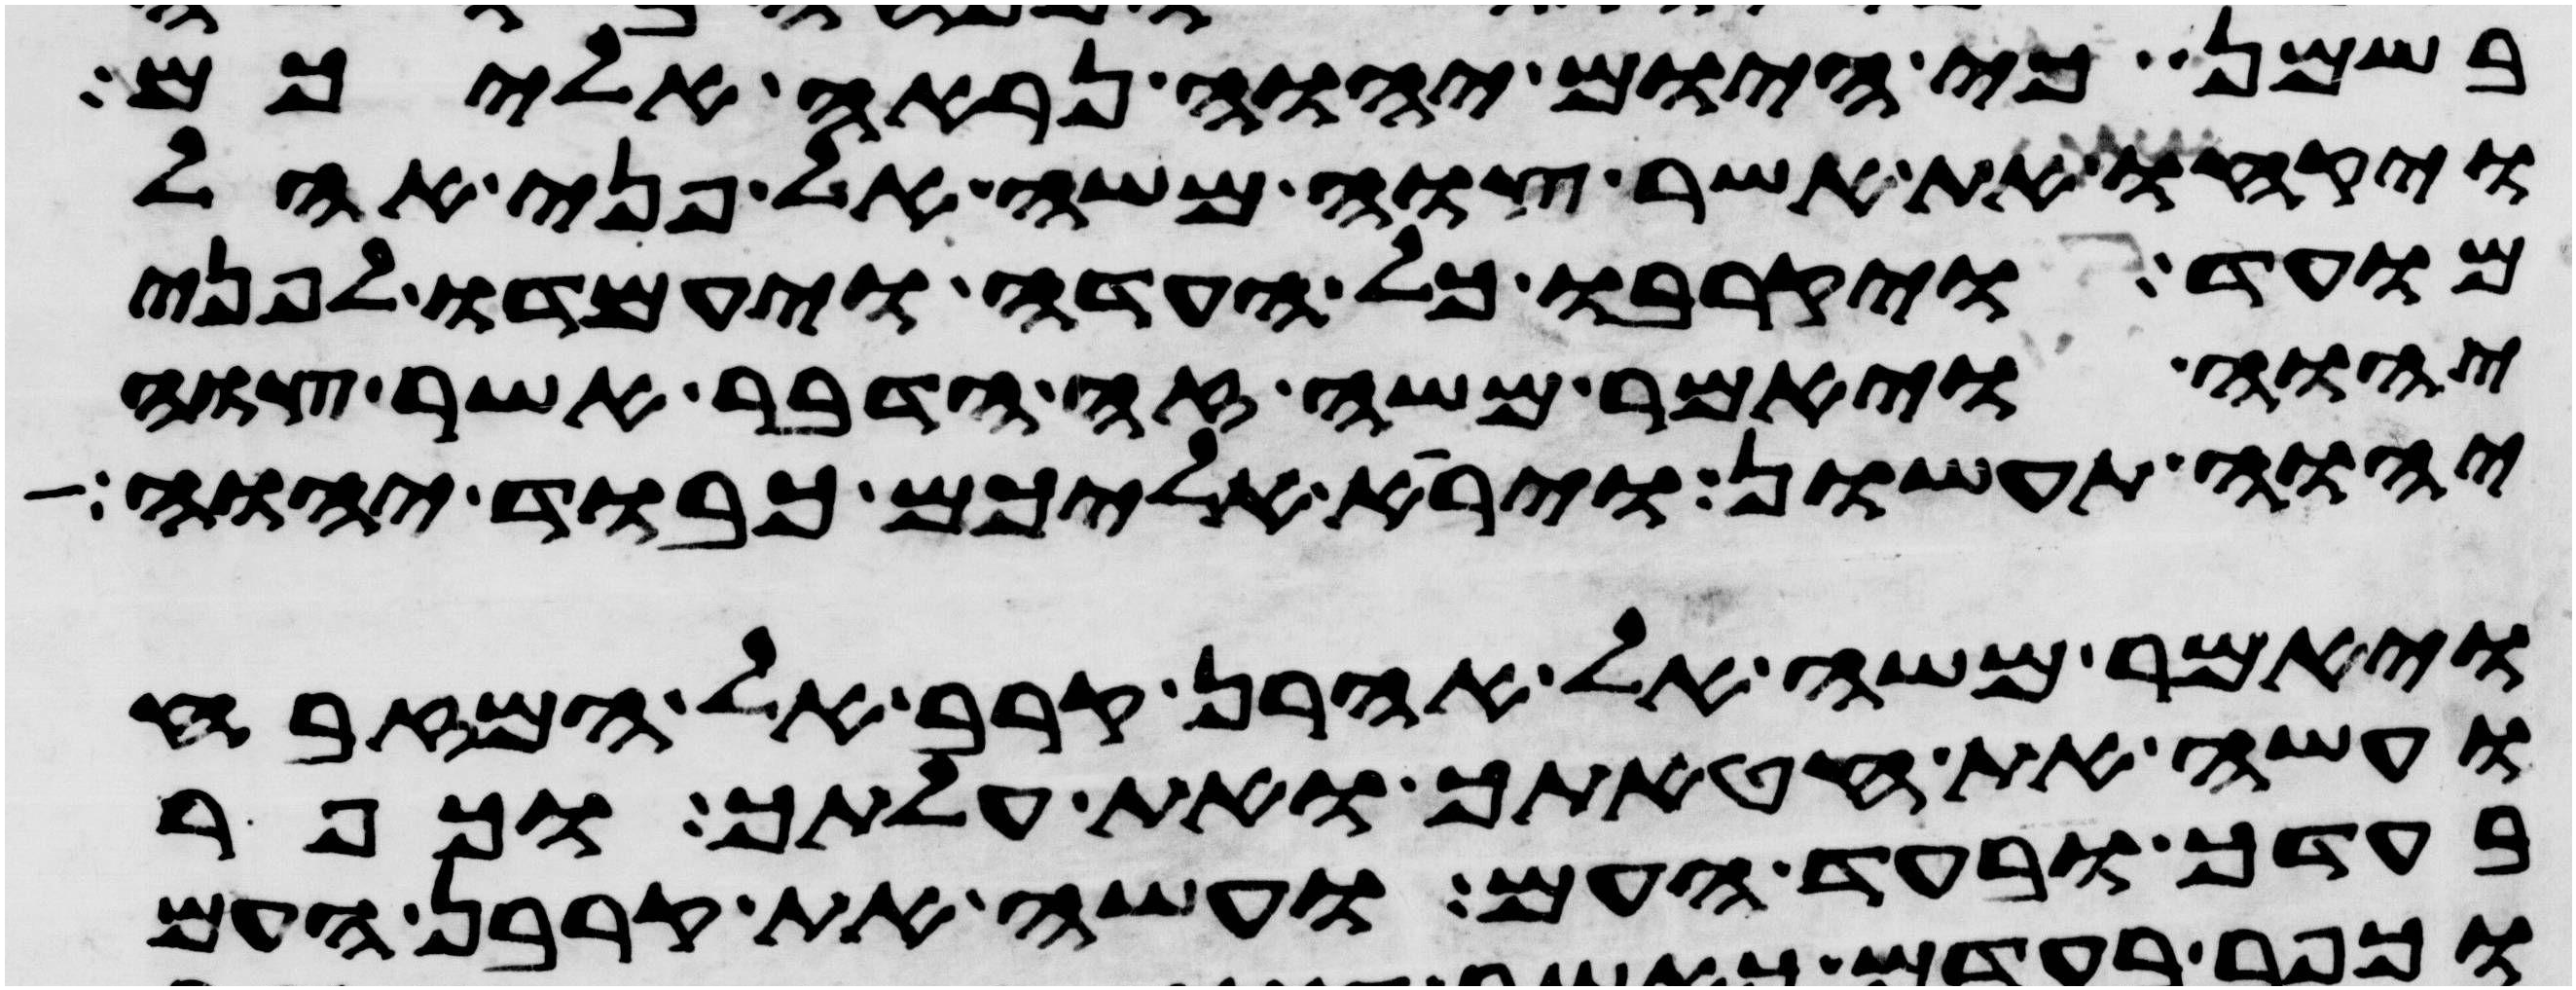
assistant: בשמן כי היום יהוה נראה אליכם
ויקחו את אשר צוה משה אל פני אהל
מועד ויקרבו כל העדה ויעמדו לפני
יהוה ויאמר משה זה הדבר אשר צוה
יהוה תעשון ויראה אליכם כבוד יהוה
ויאמר משה אל אהרן קרב אל המזבח
ועשה את חטאתך ואת עלתך וכפר
בעדך ובעד העם ועשה את קרבן העם